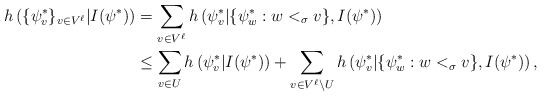
\begin{align*} h\left( \{\psi^*_v\}_{v\in V^\ell}| I(\psi^*)\right) &= \sum_{v\in V^\ell} h\left( \psi^*_v| \{\psi^*_w:w<_\sigma v \},I(\psi^*)\right) \\ &\leq \sum_{v\in U} h\left( \psi^*_v| I(\psi^*)\right)+ \sum_{v\in V^\ell\setminus U} h\left( \psi^*_v| \{\psi^*_w:w<_\sigma v \},I(\psi^*)\right),\end{align*}